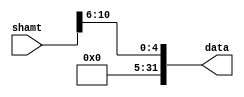
`timescale 1ns / 1ps
//////////////////////////////////////////////////////////////////////////////////
// Company: 
// Engineer: 
// 
// Design Name: 
// Module Name: zeroext
// Project Name: 
// Target Devices: 
// Tool Versions: 
// Description: 
// 
// Dependencies: 
// 
// Revision:
// Revision 0.01 - File Created
// Additional Comments:
// 
//////////////////////////////////////////////////////////////////////////////////


module zeroext(
        input [31:0] shamt,
        output [31:0] data
    );
    assign data = {27'b000000000000000000000000000,shamt[10:6]};
endmodule